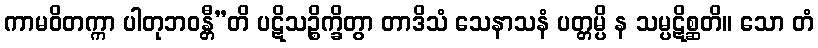
ကာမဝိတက္ကာ ပါတုဘဝန္တီ”တိ ပဋိသဉ္စိက္ခိတွာ တာဒိသံ သေနာသနံ ပတ္တမ္ပိ န သမ္ပဋိစ္ဆတိ။ သော တံ